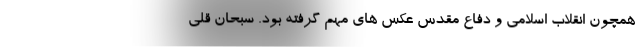
همچون انقلاب اسلامی و دفاع مقدس عکس های مهم گرفته بود. سبحان قلی